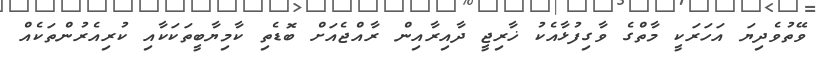
ވޭތުވެދިޔަ އަހަރަކީ މާތްގެ ވާގިފުޅާއެކު ޚާރިޖީ ދާއިރާއިން ރާއްޖެއަށް ބޮޑެތި ކާމިޔާބީތަކަކާއި ކުރިއެރުންތަކެއް